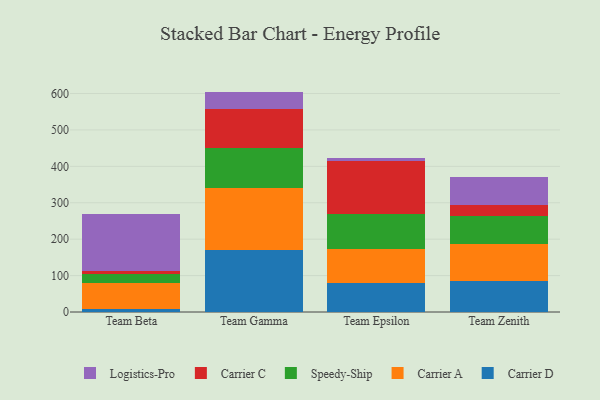
{"axis": {"x": "Team", "y": "Headcount"}, "legend": ["Carrier A", "Carrier C", "Carrier D", "Logistics-Pro", "Speedy-Ship"], "data": [{"x": "Team Beta", "y": 7.3, "type": "Carrier D"}, {"x": "Team Beta", "y": 71.3, "type": "Carrier A"}, {"x": "Team Beta", "y": 25.9, "type": "Speedy-Ship"}, {"x": "Team Beta", "y": 8.8, "type": "Carrier C"}, {"x": "Team Beta", "y": 156.8, "type": "Logistics-Pro"}, {"x": "Team Gamma", "y": 171.6, "type": "Carrier D"}, {"x": "Team Gamma", "y": 169.9, "type": "Carrier A"}, {"x": "Team Gamma", "y": 108.7, "type": "Speedy-Ship"}, {"x": "Team Gamma", "y": 108.6, "type": "Carrier C"}, {"x": "Team Gamma", "y": 46.5, "type": "Logistics-Pro"}, {"x": "Team Epsilon", "y": 80.6, "type": "Carrier D"}, {"x": "Team Epsilon", "y": 91.3, "type": "Carrier A"}, {"x": "Team Epsilon", "y": 98.0, "type": "Speedy-Ship"}, {"x": "Team Epsilon", "y": 145.5, "type": "Carrier C"}, {"x": "Team Epsilon", "y": 6.8, "type": "Logistics-Pro"}, {"x": "Team Zenith", "y": 84.0, "type": "Carrier D"}, {"x": "Team Zenith", "y": 103.5, "type": "Carrier A"}, {"x": "Team Zenith", "y": 76.5, "type": "Speedy-Ship"}, {"x": "Team Zenith", "y": 29.9, "type": "Carrier C"}, {"x": "Team Zenith", "y": 78.1, "type": "Logistics-Pro"}]}